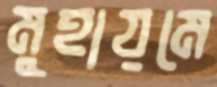
মুহায়মে